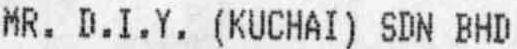
MR. D.I.Y. (KUCHAI) SDN BHD